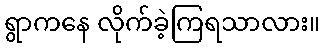
ရွာကနေ လိုက်ခဲ့ကြရသာလား။